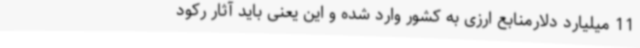
11 میلیارد دلارمنابع ارزی به کشور وارد شده و این یعنی باید آثار رکود